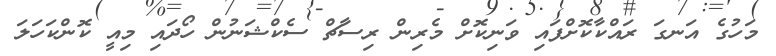
މަހުގެ އަނގަ ރައްކާކޮށްފައި ވަނިކޮށް މެރިން ރިސާޗް ސެކްޝަނުން ހޯދައި މިއީ ކޮންކަހަލަ